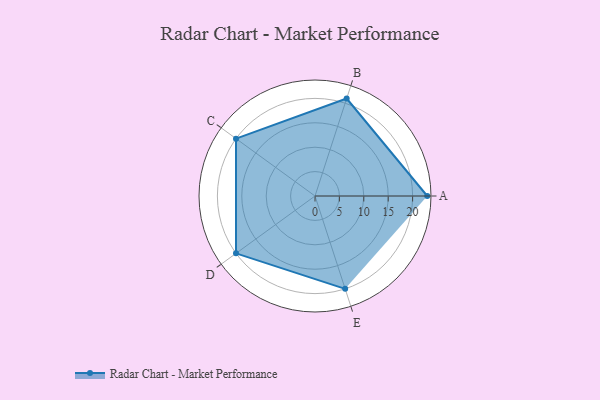
{"axis": {"x": "Skill", "y": "Score"}, "legend": ["Profile"], "data": [{"x": "A", "y": 23.0, "type": "Profile"}, {"x": "B", "y": 21.0, "type": "Profile"}, {"x": "C", "y": 20, "type": "Profile"}, {"x": "D", "y": 20, "type": "Profile"}, {"x": "E", "y": 20, "type": "Profile"}]}